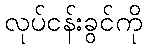
လုပ်ငန်းခွင်ကို